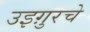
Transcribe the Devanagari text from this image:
उइग़ुरचे